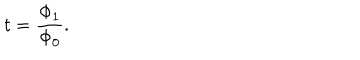
LaTeX: t = \frac { \Phi _ { 1 } } { \Phi _ { 0 } } .